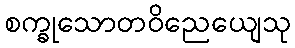
စက္ခုသောတဝိညေယျေသု